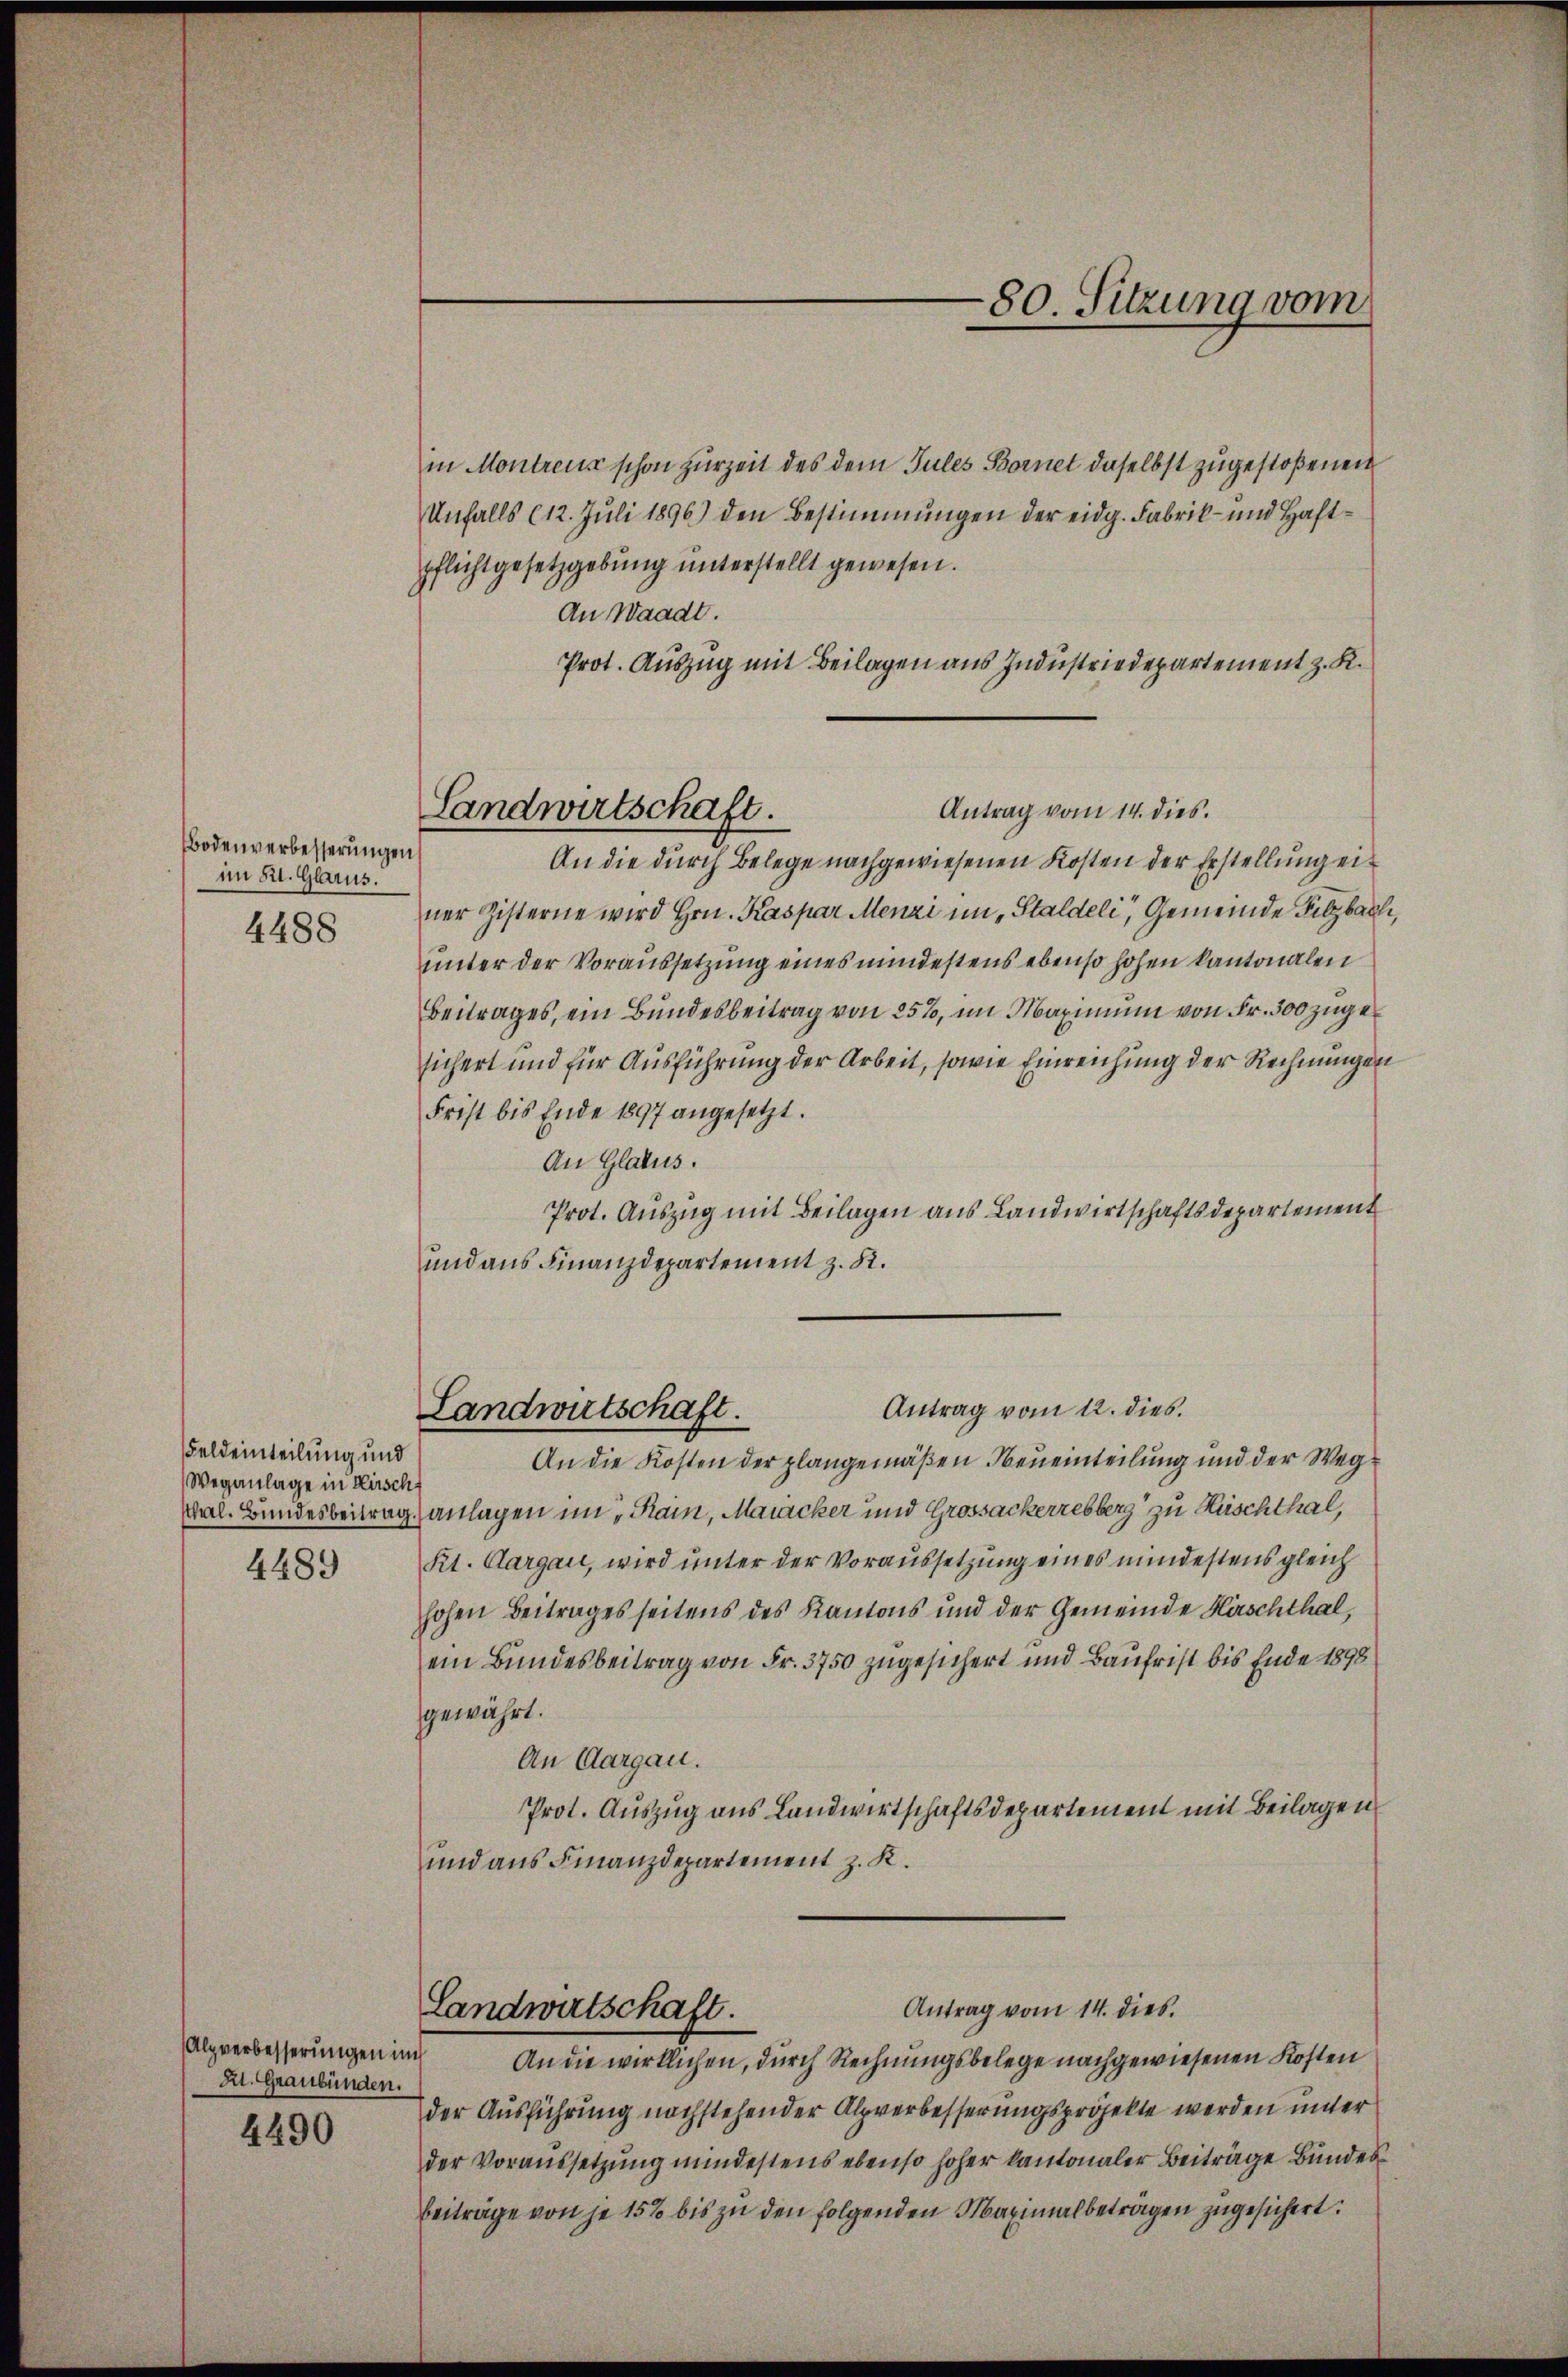
Bodenverbesserungen
im 21. Glarus.
4488

Feldeinteilung und
Weganlage in Kirsch
4489

Alpverbesserungen im
A. Graubünden.
4490

Landwirtschaft.

in Montreus schon zurzeit des dem Jules Bornet daselbst zugestoßenen
Unfalls (12. Juli 1896) den Bestimmungen der eidg. Fabrik- und Haftpflichtgesetzgebung unterstellt gewesen.
An Waadt.
Prot. Auszug mit Beilagen aus Industriedepartement z. K.
Antrag vom 14. dies.
An die durch Belege nachgewiesenen Kosten der Erstellung ei
ner Zisterne wird Hrn. Kaspar Menzi im Staldeli, Gemeinde Filzbac
unter der Voraussetzung eines mindestens ebenso hohen kantonalen
Beitrages, ein Bundesbeitrag von 25%, im Maximum von Fr. 300 zugesichert und für Ausführung der Arbeit, sowie Einreichung der Rechnunge
Frist bis Ende 1897 angesetzt.
An Glatus.
Prot. Auszug mit Beilagen aus Landwirtschaftsdepartement
und aus Finanzdepartement z. R.
Antrag vom 12. dies
Landwirtschaft.
An die Kosten der plangemäßen Neueinteilung und der Wegthal. Bundesbeitrag anlagen im „Rain, Maracker und Grossackerrebberg zu Kuschthal,
Kt. Aargau, wird unter der Voraussetzung eines mindestens gleich
hohen Beitrages seitens des Kantons und der Gemeinde Hirschthal,
ein Bundesbeitrag von Fr. 3750 zugesichert und Baufrist bis Ende 1898
gewährt.
An Aargau.
Prot. Auszug aus Landwirtschaftsdepartement mit Beilagen
und aus Finanzdepartement z. K.
Antrag vom 14. dies
Landwirtschaft.
An die wirklichen, durch Rechnungsbelege nachgewiesenen Kosten
der Ausführung nachstehender Alpverbesserungsprojekte werden unter
der Voraussetzung mindestens ebenso hoher kantonaler Beiträge Bundes
Beiträge von je 15% bis zu den folgenden Maximalbeträgen zugesichert:

80. Sitzung vom